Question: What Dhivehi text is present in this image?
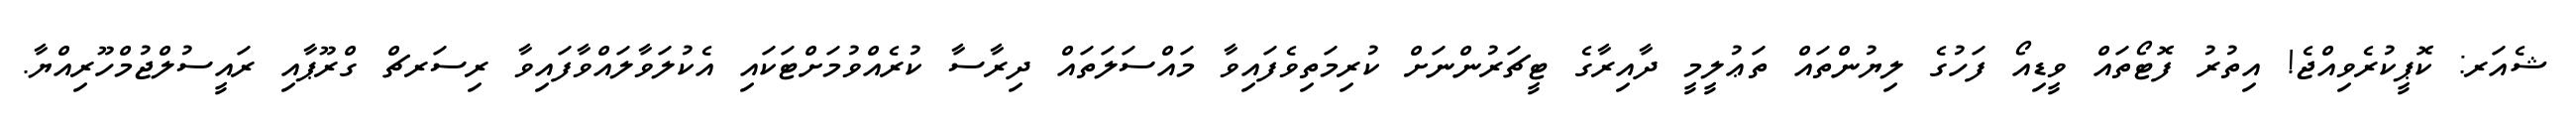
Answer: ޝެއަރ: ކޮޕީކުރެވިއްޖެ! އިތުރު ފޮޓޯތައް ވީޑިއޯ ފަހުގެ ލިޔުންތައް ތަޢުލީމީ ދާއިރާގެ ޓީޗަރުންނަށް ކުރިމަތިވެފައިވާ މައްސަލަތައް ދިރާސާ ކުރެއްވުމަށްޓަކައި އެކުލަވާލައްވާފައިވާ ރިސަރޗް ގްރޫޕާއި ރައީސުލްޖުމްހޫރިއްޔާ.